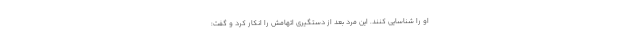
او را شناسایی کنند. این مرد بعد از دستگیری اتهامش را انکار کرد و گفت: